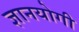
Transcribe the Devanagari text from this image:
ज्ञानयोगी